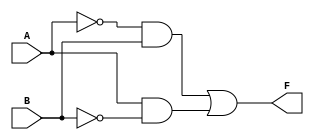
module exp00(
	input A,
	input B,
	output F

);

assign F = ~A&B|A&~B;

endmodule